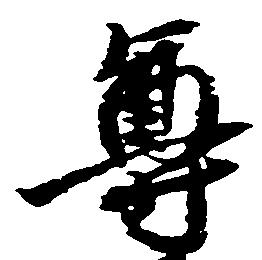
尊